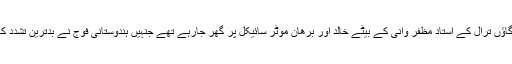
پلوامہ کے گاؤں ترال کے استاد مظفر وانی کے بیٹے خالد اور برھان موٹر سائیکل پر گھر جارہے تھے جنہیں ہندوستانی فوج نے بدترین تشدد کا نشانہ بنایا۔